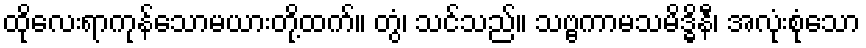
ထိုလေးရာကုန်သောမယားတို့ထက်။ တွံ၊ သင်သည်။ သဗ္ဗကာမသမိဒ္ဓိနီ၊ အလုံးစုံသော